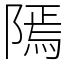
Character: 𨻳